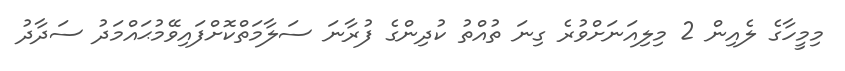
މިމީހާގެ ލެއިން 2 މިލިއަނަށްވުރެ ގިނަ ތުއްތު ކުދިންގެ ފުރާނަ ސަލާމަތްކޮށްފައިވޭމުޙައްމަދު ސަދާދު